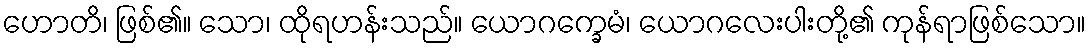
ဟောတိ၊ ဖြစ်၏။ သော၊ ထိုရဟန်းသည်။ ယောဂက္ခေမံ၊ ယောဂလေးပါးတို့၏ ကုန်ရာဖြစ်သော။